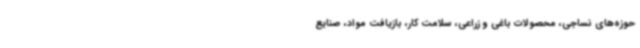
حوزه‌های نساجی، محصولات باغی و زراعی، سلامت کار، بازیافت مواد، صنایع